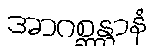
အာဂစ္ဆန္တာနံ